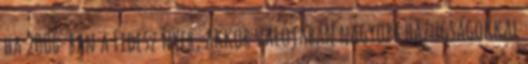
ha 2006-ban a Fidesz nyer, akkor valójában nagyobb hazugságokkal